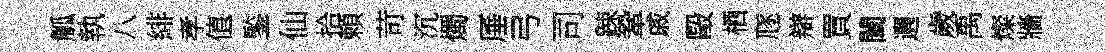
觚執八緋孝值鍳仙拾頼苛沉燭厜弓司踈鞏戚毆栖豗辯買闔邐歲禹燦牆